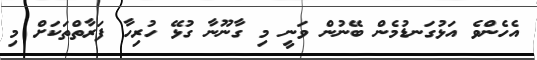
އެހެންވެ އަޅުގަނޑުމެން ބޭނުން ވަނީ މި ގާނޫނާ ގުޅޭ ހުރިހާ ފަރާތްތަކަށް މި